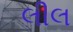
લીલ